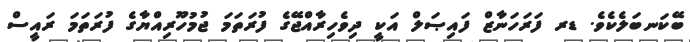
ބޭކަނބަލެކެވެ. ޑރ ފަރަހަނާޒް ފައިޞަލް އަކީ ދިވެހިރާއްޖޭގެ ފުރަތަމަ ޖުމުހޫރިއްޔާގެ ފުރަތަމަ ރައީސް